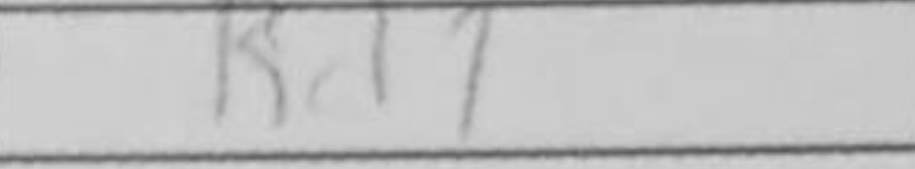
Transcription: Kd7